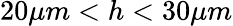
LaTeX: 20\mu m<h<30\mu m